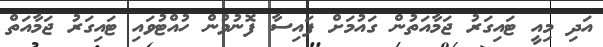
އަދި މިއީ ޓައިގަރު ޖަމާއަތުން ގައުމަށް ފައިސާ ފޮނުވުން ހުއްޓުވަައި ޓައިގަރު ޖަމާއަތް